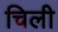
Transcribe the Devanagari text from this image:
चिली